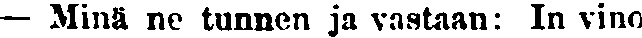
— Minä ne tunnen ja vastaan: In vino